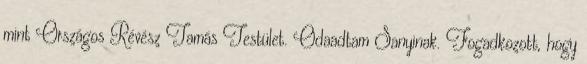
mint Országos Révész Ta­más Testület. Odaadtam Sanyinak. Fogadkozott, hogy